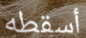
أسقطه